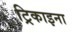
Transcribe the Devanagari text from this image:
ट्रिकाइना